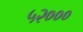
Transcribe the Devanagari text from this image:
५२०००